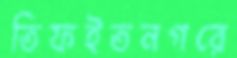
তিফইতনগরে